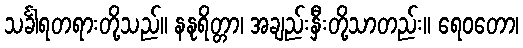
သင်္ခါရတရားတို့သည်။ နနုရိတ္တာ၊ အချည်းနှီးတို့သာတည်း။ ရေဝတော၊